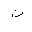
Letter: _ta